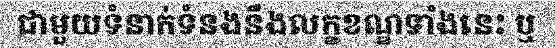
ជាមួយទំនាក់ទំនងនឹងលក្ខខណ្ឌទាំងនេះ ឬ